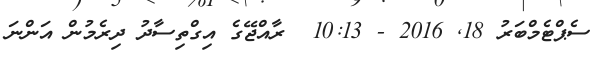
ސެޕްޓެމްބަރު 18